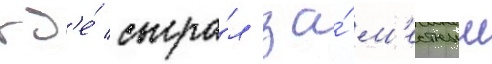
гд'е́ сыгра́л за́ м'естныи